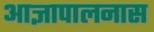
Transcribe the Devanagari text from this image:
आज्ञापालनास